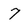
Character: 7